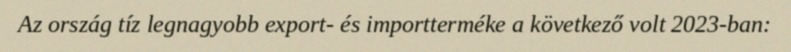
Az ország tíz legnagyobb export- és importterméke a következő volt 2023-ban: